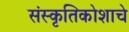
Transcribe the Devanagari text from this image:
संस्कृतिकोशाचे